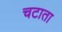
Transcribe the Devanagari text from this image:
चटाता